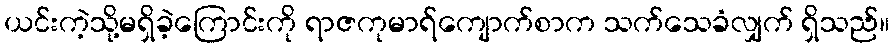
ယင်းကဲ့သို့မရှိခဲ့ကြောင်းကို ရာဇကုမာရ်ကျောက်စာက သက်သေခံလျှက် ရှိသည်။